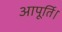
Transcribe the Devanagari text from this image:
आपूर्ति।